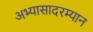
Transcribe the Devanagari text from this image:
अभ्यासादरम्यान